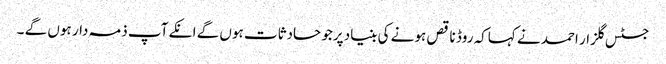
جسٹس گلزار احمد نے کہاکہ روڈ ناقص ہونے کی بنیاد پرجو حادثات ہوں گے انکے آپ ذمہ دار ہوں گے ۔